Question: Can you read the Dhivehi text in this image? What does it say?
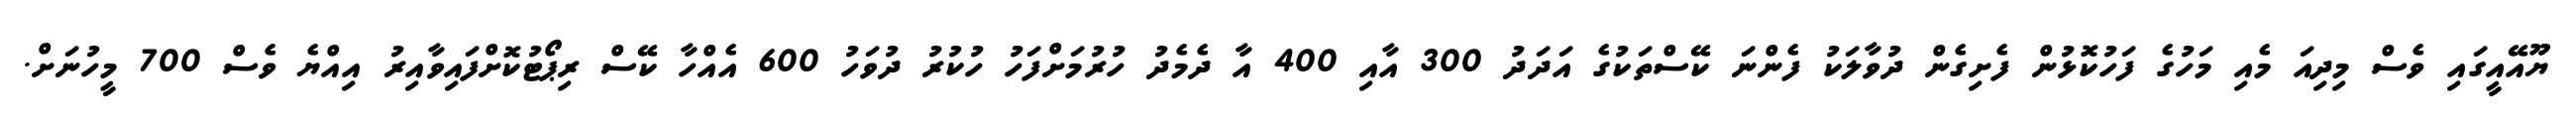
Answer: ޔޫއޭއީގައި ވެސް މިދިއަ މެއި މަހުގެ ފަހުކޮޅުން ފެށިގެން ދުވާލަކު ފެންނަ ކޭސްތަކުގެ އަދަދު 300 އާއި 400 އާ ދެމެދު ހުރުމަށްފަހު ހުކުރު ދުވަހު 600 އެއްހާ ކޭސް ރިޕޯޓުކޮށްފައިވާއިރު އިއްޔެ ވެސް 700 މީހުނަށް.